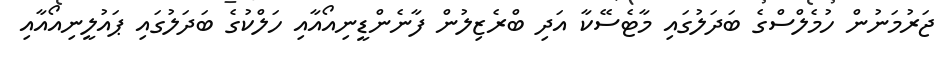
ޖަރުމަނުން ހުމެލްސްގެ ބަދަލުގައި މާޓެސޭކާ އަދި ބްރެޒިލުން ފާނެންޑީނިއޯއާއި ހަލްކުގެ ބަދަލުގައި ޕައުލީނިއޯއާއި